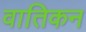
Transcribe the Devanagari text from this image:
वातिकन